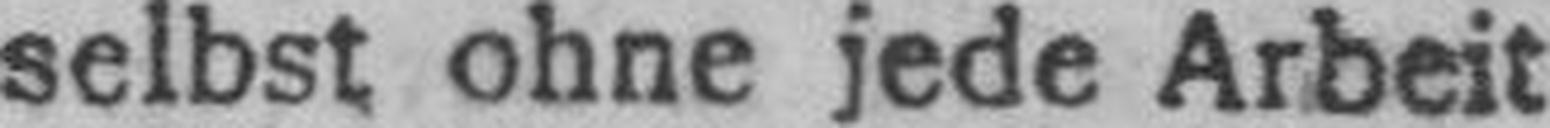
selbst ohne jede Arbeit